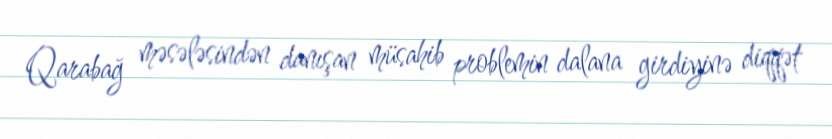
Qarabağ məsələsindən danışan müsahib problemin dalana girdiyinə diqqət